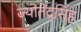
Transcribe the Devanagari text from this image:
ज्योतेंद्रसिंह